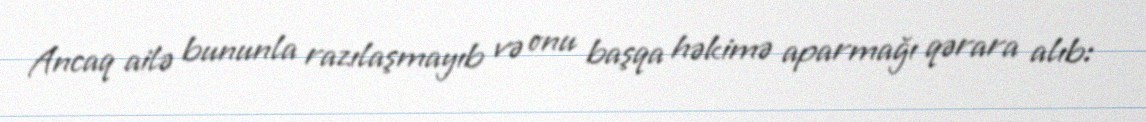
Ancaq ailə bununla razılaşmayıb və onu başqa həkimə aparmağı qərara alıb: